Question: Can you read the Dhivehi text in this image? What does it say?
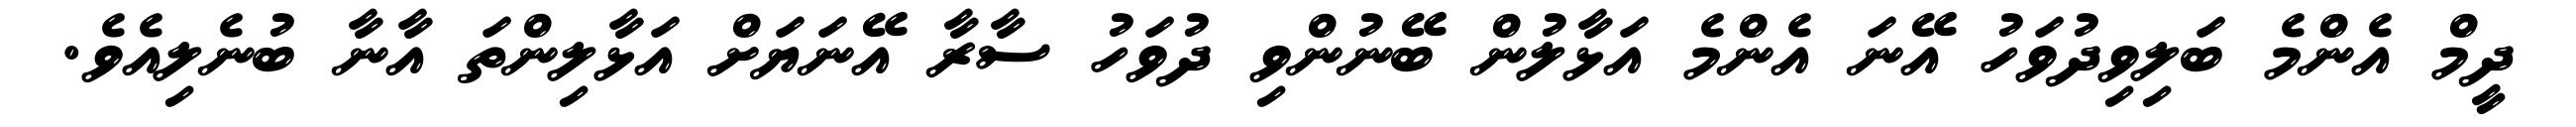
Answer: ދީމް އެންމެ ބަލިވިދުވަހު އޭނަ އެންމެ އަޅާލުން ބޭނުންވި ދުވަހު ސާރާ އޭނަޔަށް އަޅާލިންތަ އާނާ ބުނެލިއެވެ.